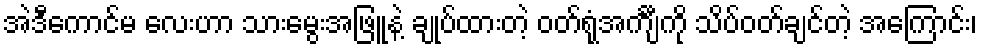
အဲဒီကောင်မ လေးဟာ သားမွေးအဖြူနဲ့ ချုပ်ထားတဲ့ ဝတ်ရုံအင်္ကျီကို သိပ်ဝတ်ချင်တဲ့ အကြောင်း၊